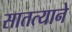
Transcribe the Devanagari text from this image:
सातत्‍याने